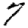
Digit: 7